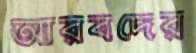
আরবদের